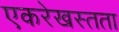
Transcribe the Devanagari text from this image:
एकरेखस्तता